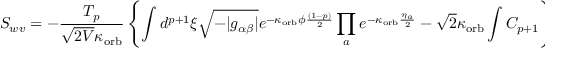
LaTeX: S _ { w v } = - \frac { T _ { p } } { \sqrt { 2 { \cal V } } \kappa _ { \mathrm { o r b } } } \left\{ \int d ^ { p + 1 } \xi \sqrt { - | g _ { \alpha \beta } | } e ^ { - \kappa _ { \mathrm { o r b } } \phi \frac { ( 1 - p ) } { 2 } } \prod _ { a } e ^ { - \kappa _ { \mathrm { o r b } } \frac { \eta _ { a } } { 2 } } - \sqrt { 2 } \kappa _ { \mathrm { o r b } } \int C _ { p + 1 } \right\}